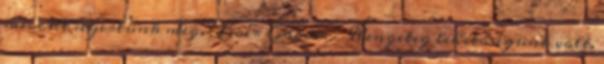
meccset nyertünk meg. Boér Gábor: – Rengeteg lehetőségünk volt.